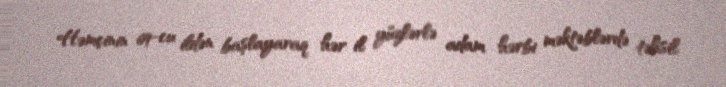
Həmçinin 69-cu ildən başlayaraq hər il yüzlərlə adam hərbi məktəblərdə təhsil